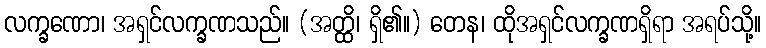
လက္ခဏော၊ အရှင်လက္ခဏသည်။ (အတ္ထိ၊ ရှိ၏။) တေန၊ ထိုအရှင်လက္ခဏရှိရာ အရပ်သို့။